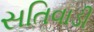
સતિવાડી